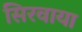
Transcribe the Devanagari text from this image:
सिरवाया